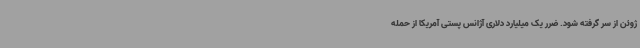
ژوئن از سر گرفته شود. ضرر یک میلیارد دلاری آژانس پستی آمریکا از حمله